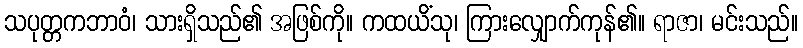
သပုတ္တကဘာဝံ၊ သားရှိသည်၏ အဖြစ်ကို။ ကထယိံသု၊ ကြားလျှောက်ကုန်၏။ ရာဇာ၊ မင်းသည်။